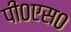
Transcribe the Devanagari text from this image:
पी०एस०